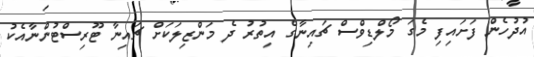
އުދުހެން ފަށައިފި މެގަ މޯލްޑިވްސް ޗައިނާގެ އިތުރު ދެ މަންޒިލަކަށް ޗައިނާ ޓޫރިސްޓުންނާއެކު